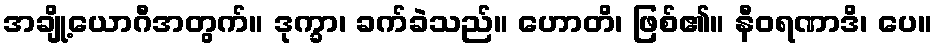
အချို့ယောဂီအတွက်။ ဒုက္ခာ၊ ခက်ခဲသည်။ ဟောတိ၊ ဖြစ်၏။ နီဝရဏာဒိ၊ ပေ။